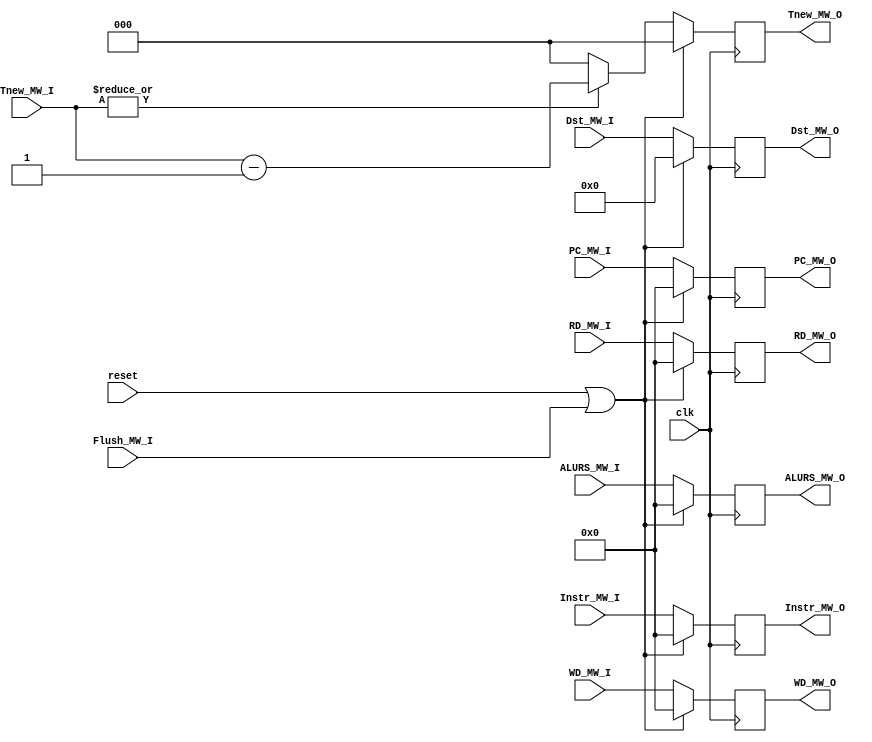
`timescale 1ns / 1ps
module MWReg(
    input clk,
    input reset,
    input [31:0] Instr_MW_I,
	 input Flush_MW_I,
    input [31:0] PC_MW_I,
	 input [4:0] Dst_MW_I,
	 input [31:0] RD_MW_I,
	 input [31:0] ALURS_MW_I,
	 input [2:0] Tnew_MW_I,
	 input [31:0] WD_MW_I,
    output reg [31:0] Instr_MW_O,
    output reg [31:0] PC_MW_O,
    output reg [4:0] Dst_MW_O,
	 output reg [31:0] RD_MW_O,
	 output reg [31:0] ALURS_MW_O,
	 output reg [2:0] Tnew_MW_O,
	 output reg [31:0] WD_MW_O
    );
	 initial begin
		Instr_MW_O <= 32'h0000_0000;
		PC_MW_O    <= 0;
		Dst_MW_O   <= 0;
		RD_MW_O    <= 0;
		ALURS_MW_O <= 0;
		Tnew_MW_O  <= 0;
		WD_MW_O    <= 0;
	 end
	 always @(posedge clk) begin
		if(reset|Flush_MW_I)begin
			Instr_MW_O <= 32'h0000_0000;
			PC_MW_O    <= 0;
			Dst_MW_O   <= 0;
			RD_MW_O    <= 0;
			ALURS_MW_O <= 0;
			Tnew_MW_O  <= 0;
			WD_MW_O    <= 0;
		end
		else begin
			Instr_MW_O <= Instr_MW_I;
			PC_MW_O    <= PC_MW_I;
			Dst_MW_O   <= Dst_MW_I;
			RD_MW_O    <= RD_MW_I;
			ALURS_MW_O <= ALURS_MW_I;
			Tnew_MW_O  <= (|Tnew_MW_I)? Tnew_MW_I-1 : 0;
			WD_MW_O    <= WD_MW_I;
		end
	 end

endmodule